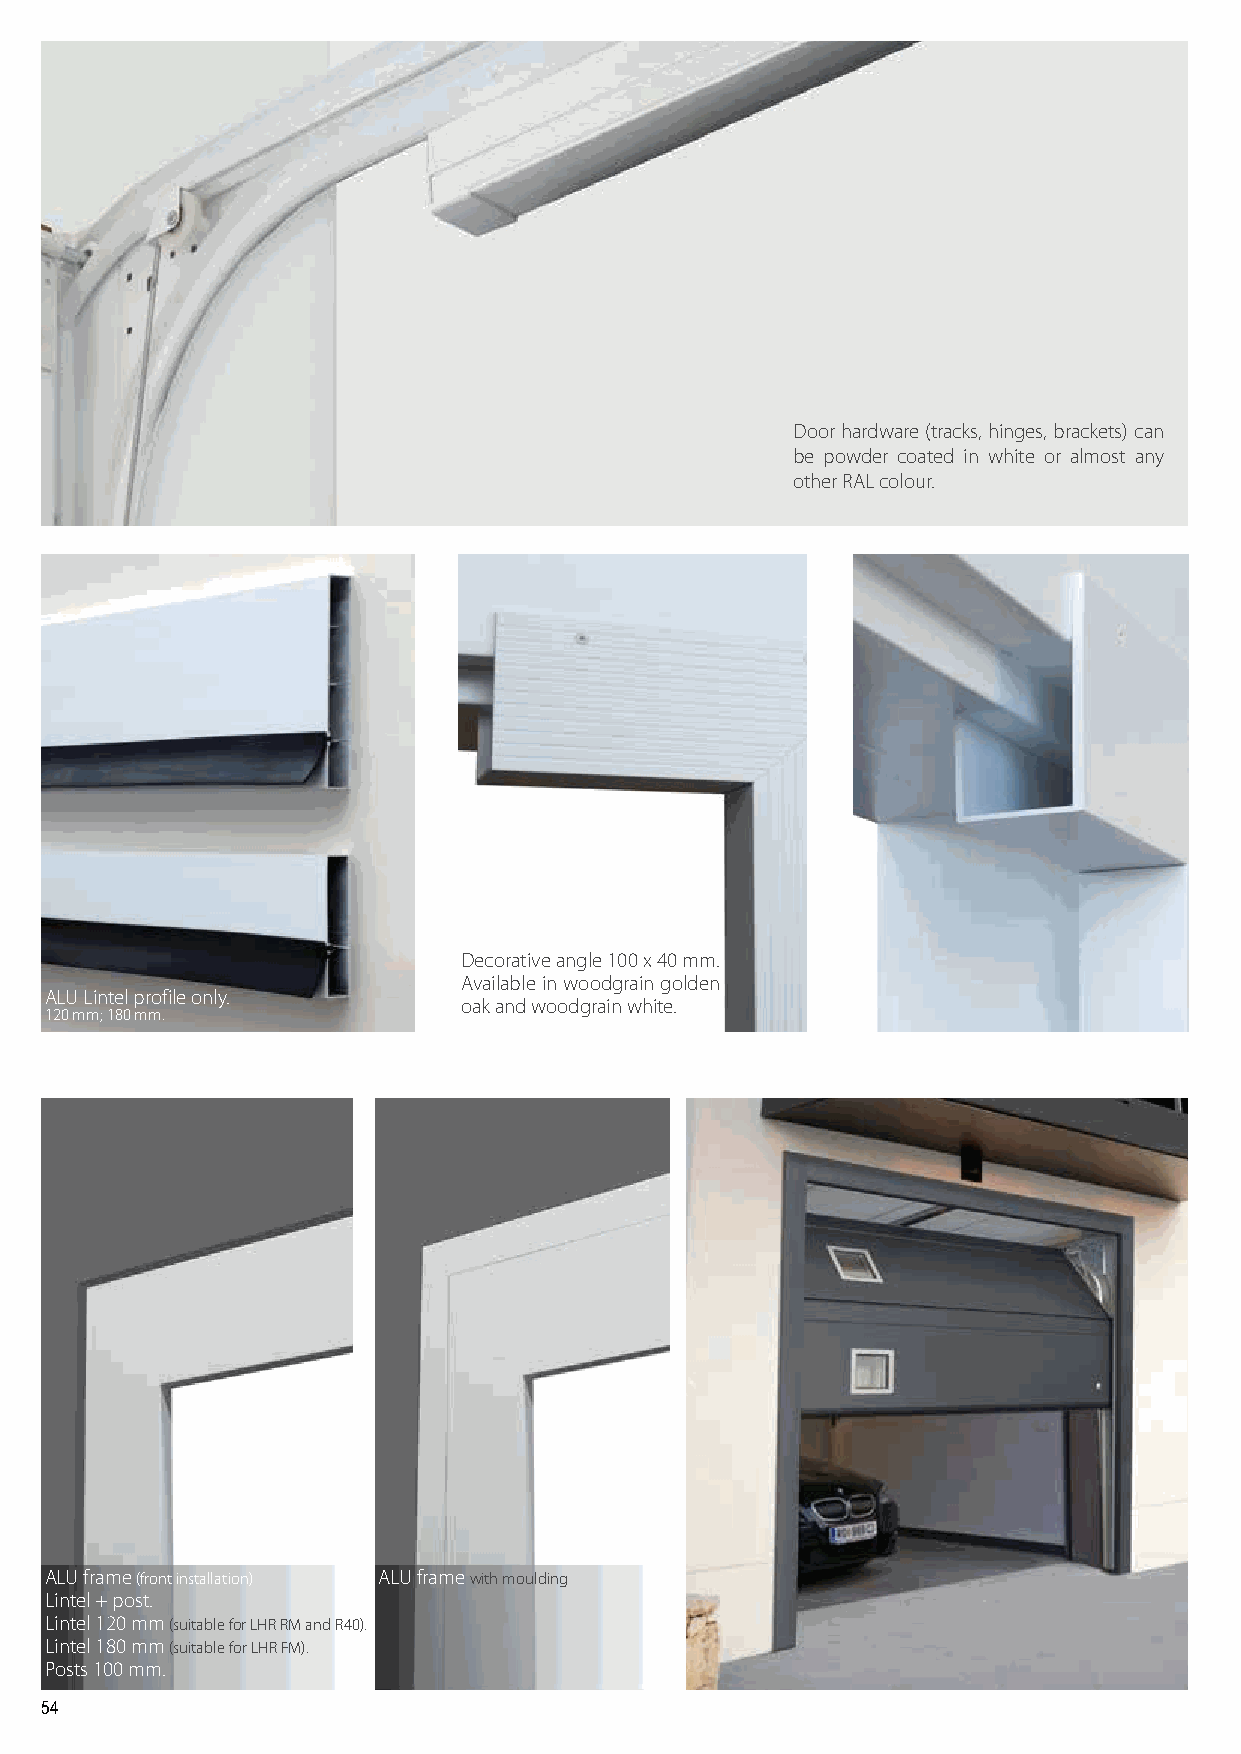
Door hardware (tracks, hinges, brackets) can
 be powder coated in white or almost any
 other RAL colour.
 Decorative angle 100 x 40 mm.
 Available in woodgrain golden
 ALU Lintel profile only.
 oak and woodgrain white.
 120 mm; 180 mm.
 ALU frame (front installation) ALU frame with moulding
 Lintel + post.
 Lintel 120 mm (suitable for LHR RM and R40).
 Lintel 180 mm (suitable for LHR FM).
 Posts 100 mm.
 54